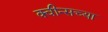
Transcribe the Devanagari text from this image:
क्वीन्सच्या